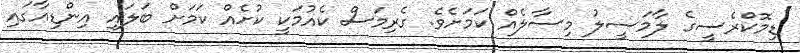
ޑިމޮކްރެސީގެ ލާމަސީލު މިސާލެއް ކަމަށެވެ. ގެރިމަސް ކެއުމަކީ ކުށެއް ކަމަށް ބަލައި އިންޑިއާގައި